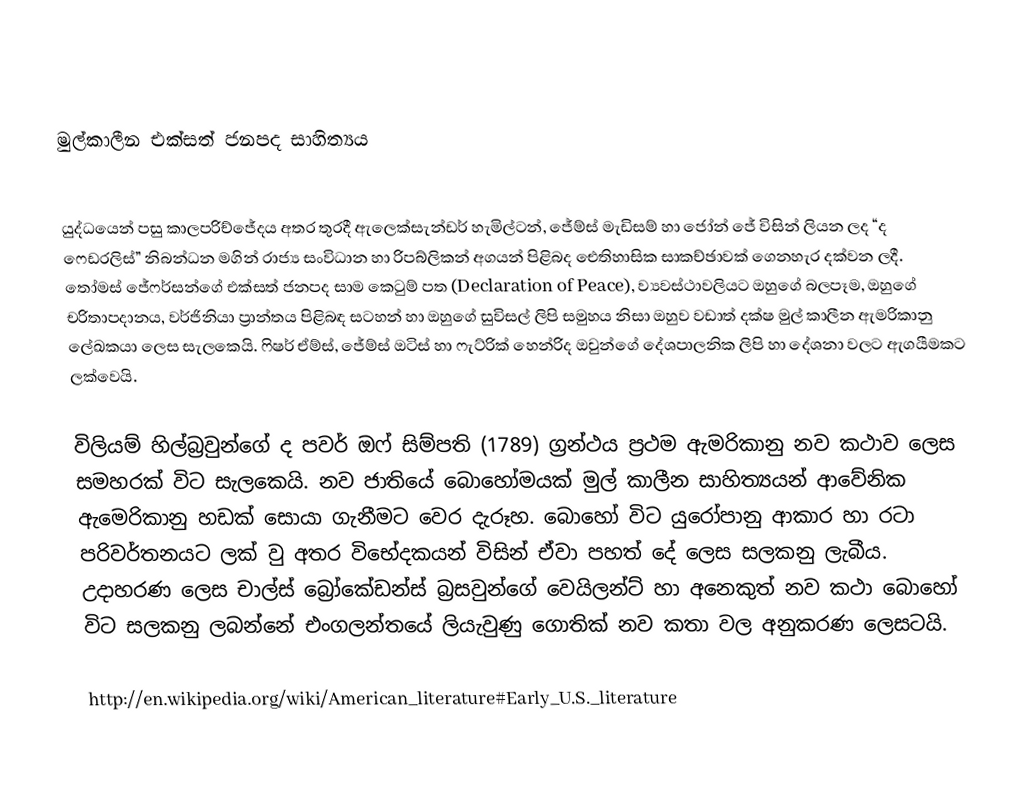

මුල්කාලීන එක්සත් ජනපද සාහිත්‍යය

යුද්ධයෙන් පසු කාලපරිච්ජේදය අතර තුරදී ඇලෙක්සැන්ඩර් හැමිල්ටන්, ජේම්ස් මැඩිසම් හා ජෝන් ජේ විසින් ලියන ලද “ද ෆෙඩරලිස්” නිබන්ධන මගින් රාජ්‍ය සංවිධාන හා රිපබ්ලිකන් අගයන් පිළිබද ඓතිහාසික සාකච්ඡාවක් ගෙනහැර දක්වන ලදී. තෝමස් ජේෆර්සන්ගේ එක්සත් ජනපද සාම කෙටුම් පත (Declaration of Peace), ව්‍යවස්ථාවලියට ඔහුගේ බලපෑම, ඔහුගේ චරිතාපදානය, වර්ජිනියා ප්‍රාන්තය පිළිබඳ සටහන් හා ඔහුගේ සුවිසල් ලිපි සමුහය නිසා ඔහුව වඩාත් දක්ෂ මුල් කාලීන ඇමරිකානු ලේඛකයා ලෙස සැලකෙයි. ෆිෂර් ඒම්ස්, ජේම්ස් ඔටිස් හා ෆැට්රික් හෙන්රිද ඔවුන්ගේ දේශපාලනික ලිපි හා දේශනා වලට ඇගයීමකට ලක්වෙයි.

විලියම් හිල්බ්‍රවුන්ගේ ද පවර් ඔෆ් සිම්පති (1789) ග්‍රන්ථය ප්‍රථම ඇමරිකානු නව කථාව ලෙස සමහරක් විට සැලකෙයි. නව ජාතියේ බොහෝමයක් මුල් කාලීන සාහිත්‍යයන් ආවේනික ඇමෙරිකානු හඩක් ‍සොයා ගැනීමට වෙර දැරූහ. බොහෝ විට යුරෝපානු ආකාර හා රටා පරිවර්තනයට ලක් වු අතර විභේදකයන් විසින් ඒවා පහත් දේ ලෙස සලකනු ලැබීය. උදාහරණ ලෙස චාල්ස් බ්‍රෝකේඩන්ස් බ්‍රසවුන්ගේ වෙයිලන්ට් හා අනෙකුත් නව කථා බොහෝ විට සලකනු ලබන්නේ එංගලන්තයේ ලියැවුණු ගොතික් නව කතා වල අනුකරණ ලෙසටයි.

	http://en.wikipedia.org/wiki/American_literature#Early_U.S._literature